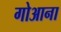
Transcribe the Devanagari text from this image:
गोआना